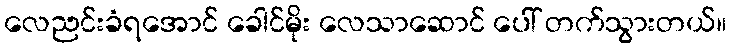
လေညင်းခံရအောင် ခေါင်မိုး လေသာဆောင် ပေါ် တက်သွားတယ်။